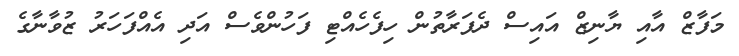
މަފާޒް އާއި ޔާނިޒް އައިސް ދެފަރާތުން ހިފެހެއްޓި ފަހުންވެސް އަދި އެއްފަހަރު ޒުވާނާގެ